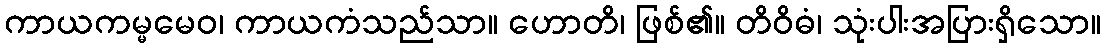
ကာယကမ္မမေဝ၊ ကာယကံသည်သာ။ ဟောတိ၊ ဖြစ်၏။ တိဝိဓံ၊ သုံးပါးအပြားရှိသော။